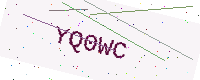
Text: YQ0WC